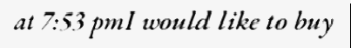
at 7:53 pmI would like to buy